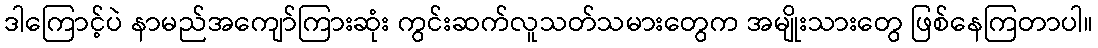
ဒါကြောင့်ပဲ နာမည်အကျော်ကြားဆုံး ကွင်းဆက်လူသတ်သမားတွေက အမျိုးသားတွေ ဖြစ်နေကြတာပါ။